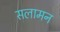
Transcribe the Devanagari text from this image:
सलामन